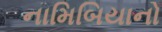
નામિબિયાનો